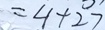
= 4 + 2 7